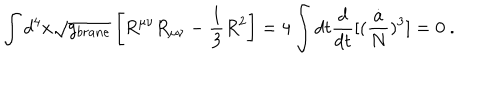
\int d ^ { 4 } x \sqrt { g _ { b r a n e } } \left[ R ^ { \mu \nu } R _ { \mu \nu } - { \frac { 1 } { 3 } } R ^ { 2 } \right] = 4 \int d t { \frac { d } { d t } } [ ( { \frac { \dot { a } } { N } } ) ^ { 3 } ] = 0 \ .